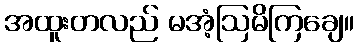
အထူးတလည် မအံ့ဩမိကြချေ။